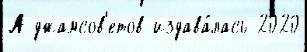
А джамсов'етов издава́лась 2020